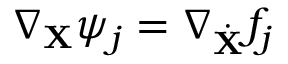
\nabla _ { \bf X } \psi _ { j } = \nabla _ { \dot { \bf X } } f _ { j }